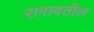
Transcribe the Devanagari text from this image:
रागावतील